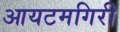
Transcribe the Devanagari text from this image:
आयटमगिरी